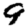
Digit: 9